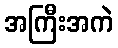
အကြီးအကဲ